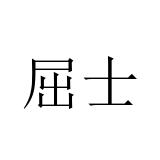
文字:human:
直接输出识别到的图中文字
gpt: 屈士